Jaan_Tonisson_(Lasteleht), lk 70
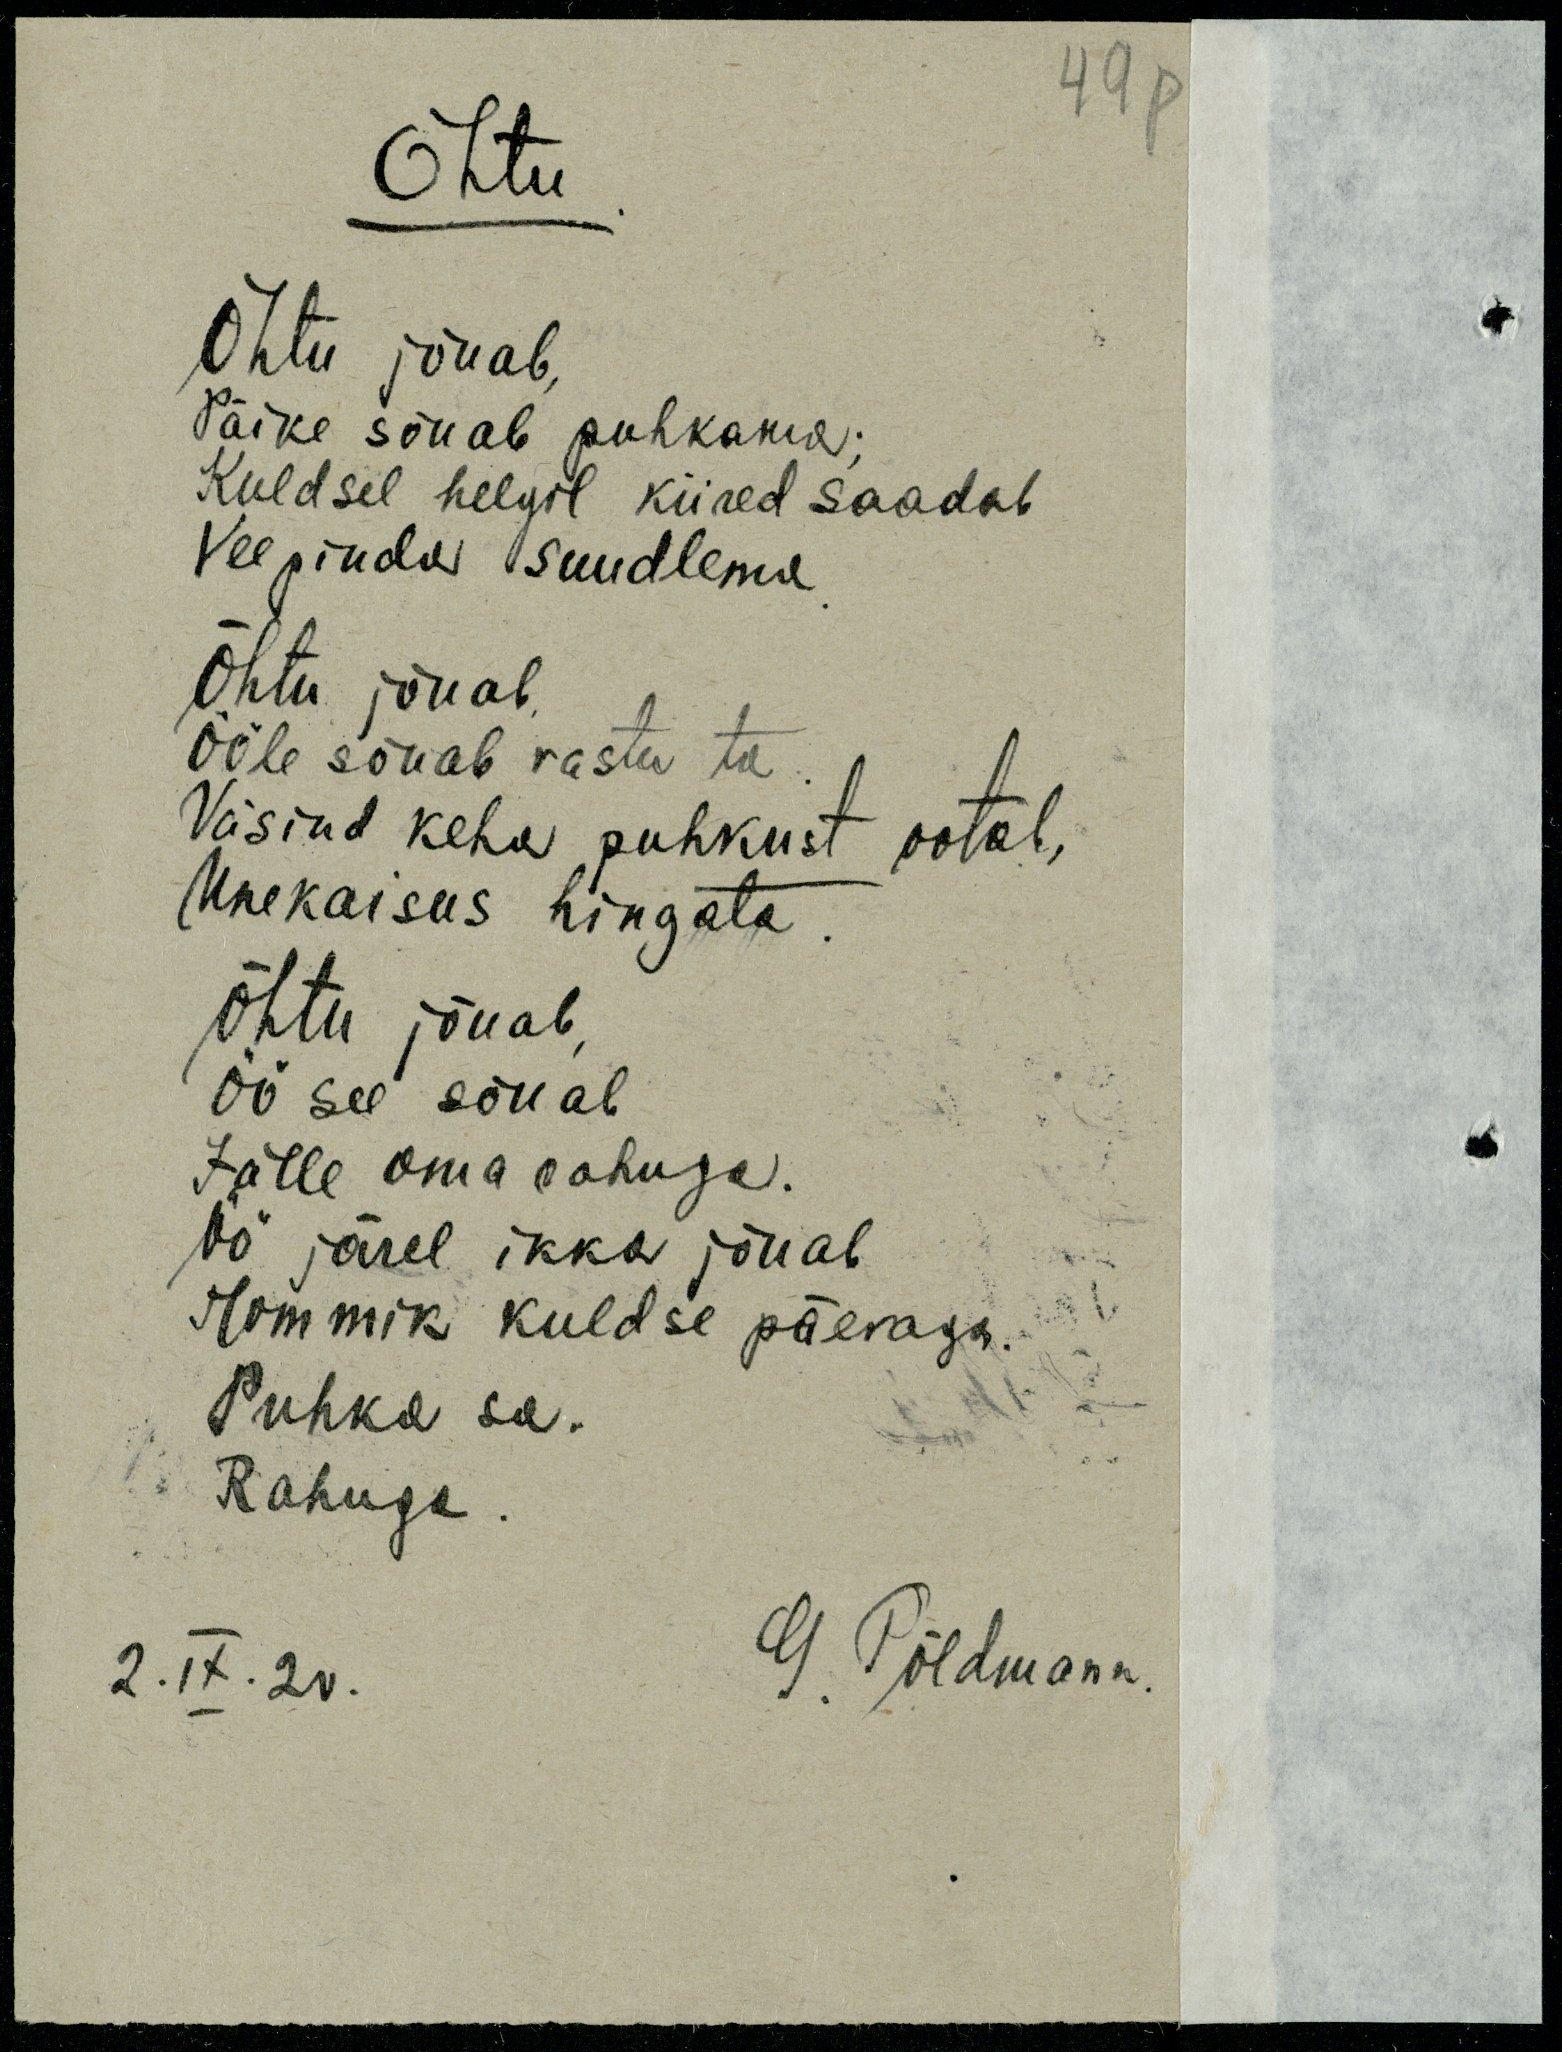
49p
Õhtu.
Õhtu jõuab,
Päike sõuab puhkama;
Kuldsel helgel kiired saadab
Veepinda suudlema.
Õhtu jõuab.
Ööle sõuab vastu ta .
Väsind keha puhkust ootab,
Unekaisus hingata.
Õhtu jõuab,
öö see sõuab
Jälle oma rahuga.
Öö järel ikka jõuab
Hommik kuldse päevaga.
Puhka sa.
Rahuga.
G. Põldmann
2. IX. 20.